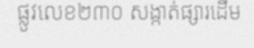
ផ្លូវលេខ២៣០ សង្កាត់ផ្សារដើម